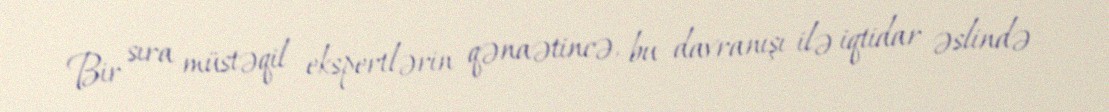
Bir sıra müstəqil ekspertlərin qənaətincə, bu davranışı ilə iqtidar əslində